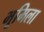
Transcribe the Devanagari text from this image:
भूमिला